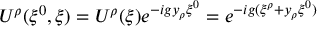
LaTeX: U ^ { \rho } ( \xi ^ { 0 } , \xi ) = U ^ { \rho } ( \xi ) e ^ { - i g y _ { \rho } \xi ^ { 0 } } = e ^ { - i g ( \xi ^ { \rho } + y _ { \rho } \xi ^ { 0 } ) }